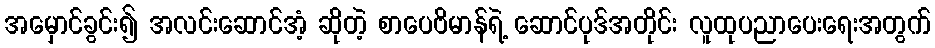
အမှောင်ခွင်း၍ အလင်းဆောင်အံ့ ဆိုတဲ့ စာပေဗိမာန်ရဲ့ ဆောင်ပုဒ်အတိုင်း လူထုပညာပေးရေးအတွက်